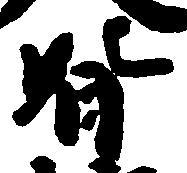
背